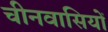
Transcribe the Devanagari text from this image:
चीनवासियों